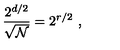
{ \frac { 2 ^ { d / 2 } } { \sqrt { \cal N } } } = 2 ^ { r / 2 } \ ,